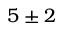
5 \pm 2